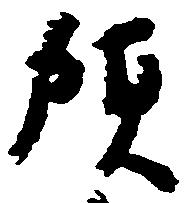
預